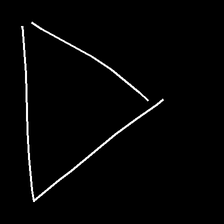
Glyph: convergence